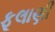
ફૂલાણી